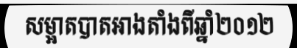
សម្អាតបាតអាងតាំងពីឆ្នាំ២០១២